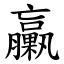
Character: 臝